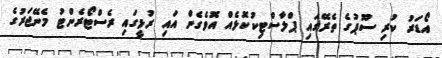
އޯޑަރު ކުރި ސޫޕުގެ ތެރޭގައި ޕްލާސްޓިކުކޮޅެއް އޮވެގެން އައި ރުޅީގައި ރެސްޓޯރެންޓު މެނޭޖަރުގެ